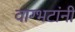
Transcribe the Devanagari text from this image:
वाग्भटांनी